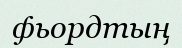
фьордтың